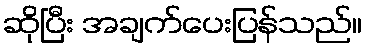
ဆိုပြီး အချက်ပေးပြန်သည်။